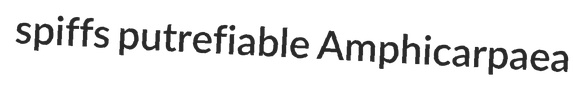
spiffs putrefiable Amphicarpaea